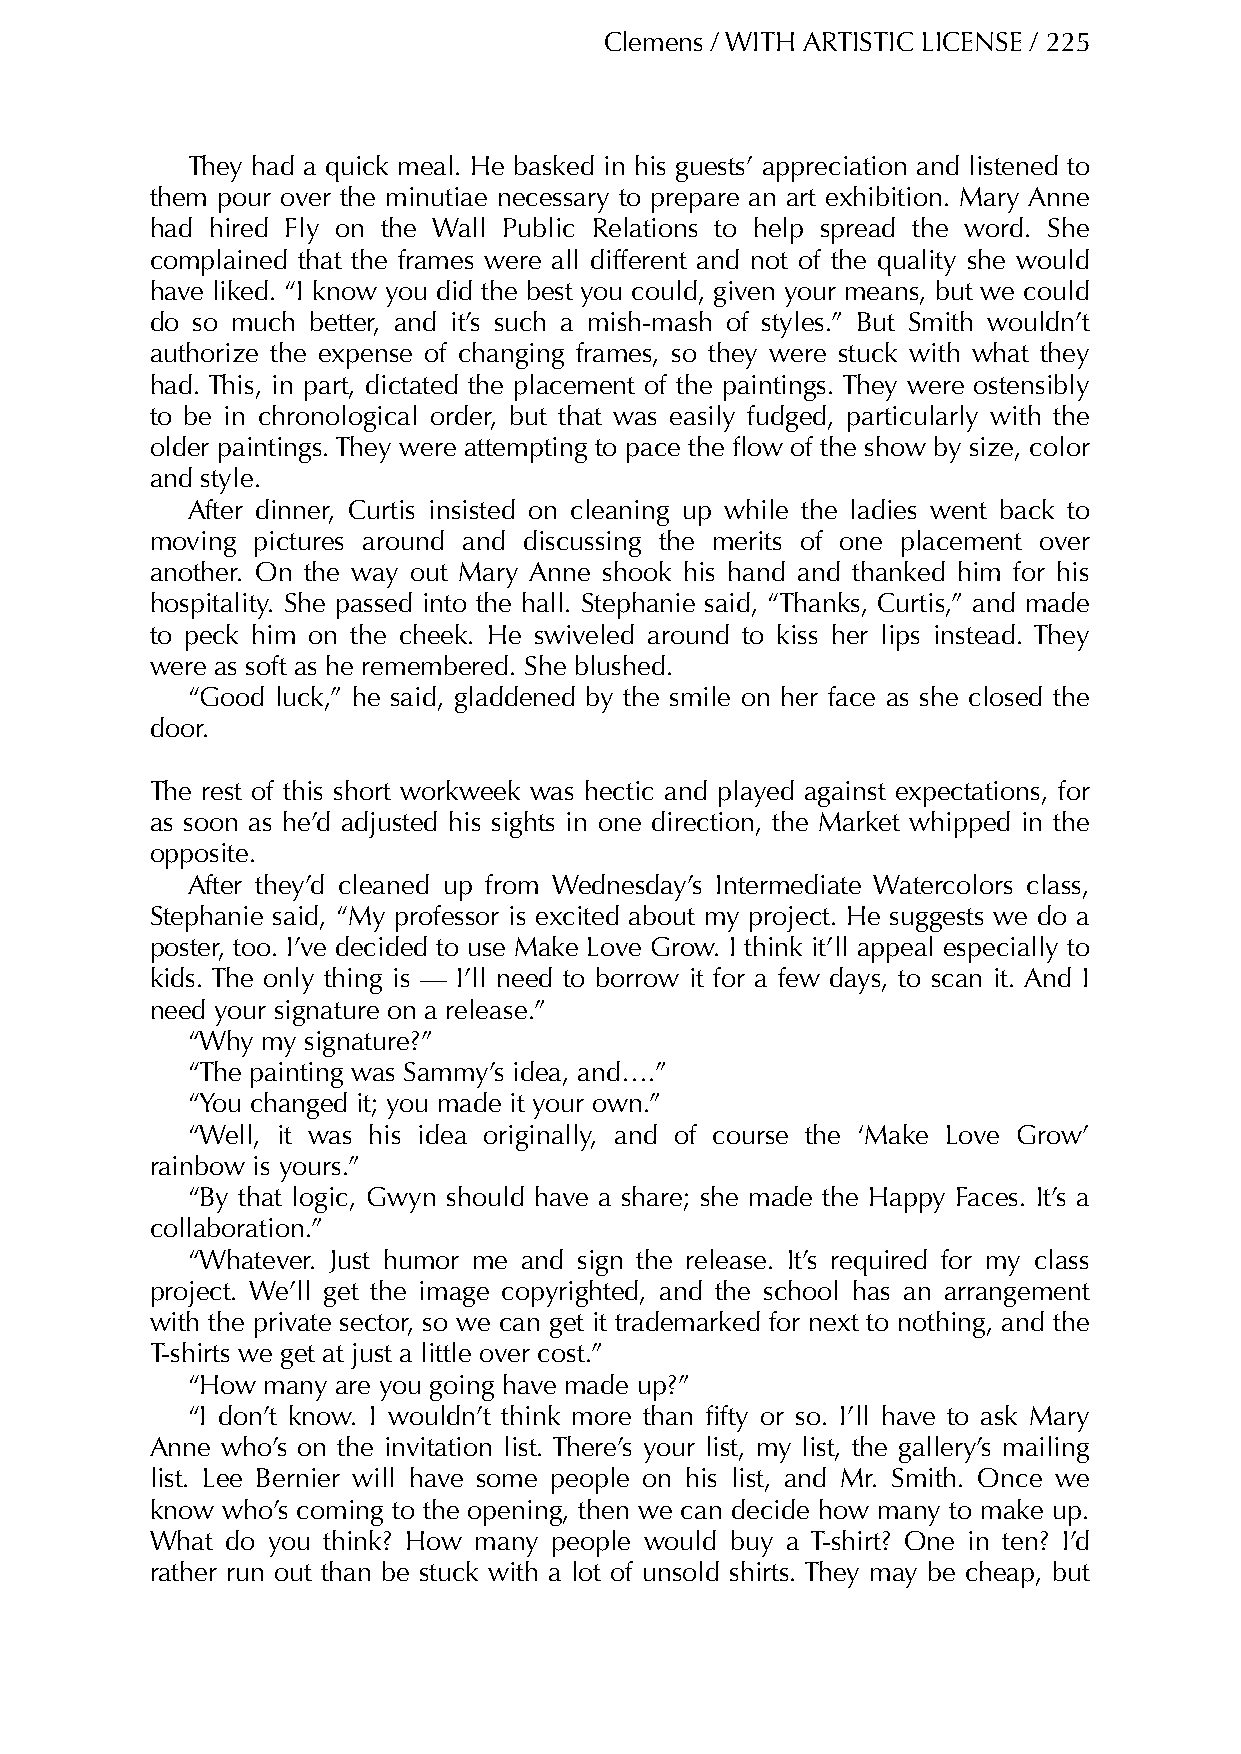
Clemens / WITH ARTISTIC LICENSE / 225
 They had a quick meal. He basked in his guests’ appreciation and listened to
 them pour over the minutiae necessary to prepare an art exhibition. Mary Anne
 had hired Fly on the Wall Public Relations to help spread the word. She
 complained that the frames were all different and not of the quality she would
 have liked. “I know you did the best you could, given your means, but we could
 do so much better, and it’s such a mish-mash of styles.” But Smith wouldn’t
 authorize the expense of changing frames, so they were stuck with what they
 had. This, in part, dictated the placement of the paintings. They were ostensibly
 to be in chronological order, but that was easily fudged, particularly with the
 older paintings. They were attempting to pace the flow of the show by size, color
 and style.
 After dinner, Curtis insisted on cleaning up while the ladies went back to
 moving pictures around and discussing the merits of one placement over
 another. On the way out Mary Anne shook his hand and thanked him for his
 hospitality. She passed into the hall. Stephanie said, “Thanks, Curtis,” and made
 to peck him on the cheek. He swiveled around to kiss her lips instead. They
 were as soft as he remembered. She blushed.
 “Good luck,” he said, gladdened by the smile on her face as she closed the
 door.
 The rest of this short workweek was hectic and played against expectations, for
 as soon as he’d adjusted his sights in one direction, the Market whipped in the
 opposite.
 After they’d cleaned up from Wednesday’s Intermediate Watercolors class,
 Stephanie said, “My professor is excited about my project. He suggests we do a
 poster, too. I’ve decided to use Make Love Grow. I think it’ll appeal especially to
 kids. The only thing is — I’ll need to borrow it for a few days, to scan it. And I
 need your signature on a release.”
 “Why my signature?”
 “The painting was Sammy’s idea, and….”
 “You changed it; you made it your own.”
 “Well, it was his idea originally, and of course the ‘Make Love Grow’
 rainbow is yours.”
 “By that logic, Gwyn should have a share; she made the Happy Faces. It’s a
 collaboration.”
 “Whatever. Just humor me and sign the release. It’s required for my class
 project. We’ll get the image copyrighted, and the school has an arrangement
 with the private sector, so we can get it trademarked for next to nothing, and the
 T-shirts we get at just a little over cost.”
 “How many are you going have made up?”
 “I don’t know. I wouldn’t think more than fifty or so. I’ll have to ask Mary
 Anne who’s on the invitation list. There’s your list, my list, the gallery’s mailing
 list. Lee Bernier will have some people on his list, and Mr. Smith. Once we
 know who’s coming to the opening, then we can decide how many to make up.
 What do you think? How many people would buy a T-shirt? One in ten? I’d
 rather run out than be stuck with a lot of unsold shirts. They may be cheap, but